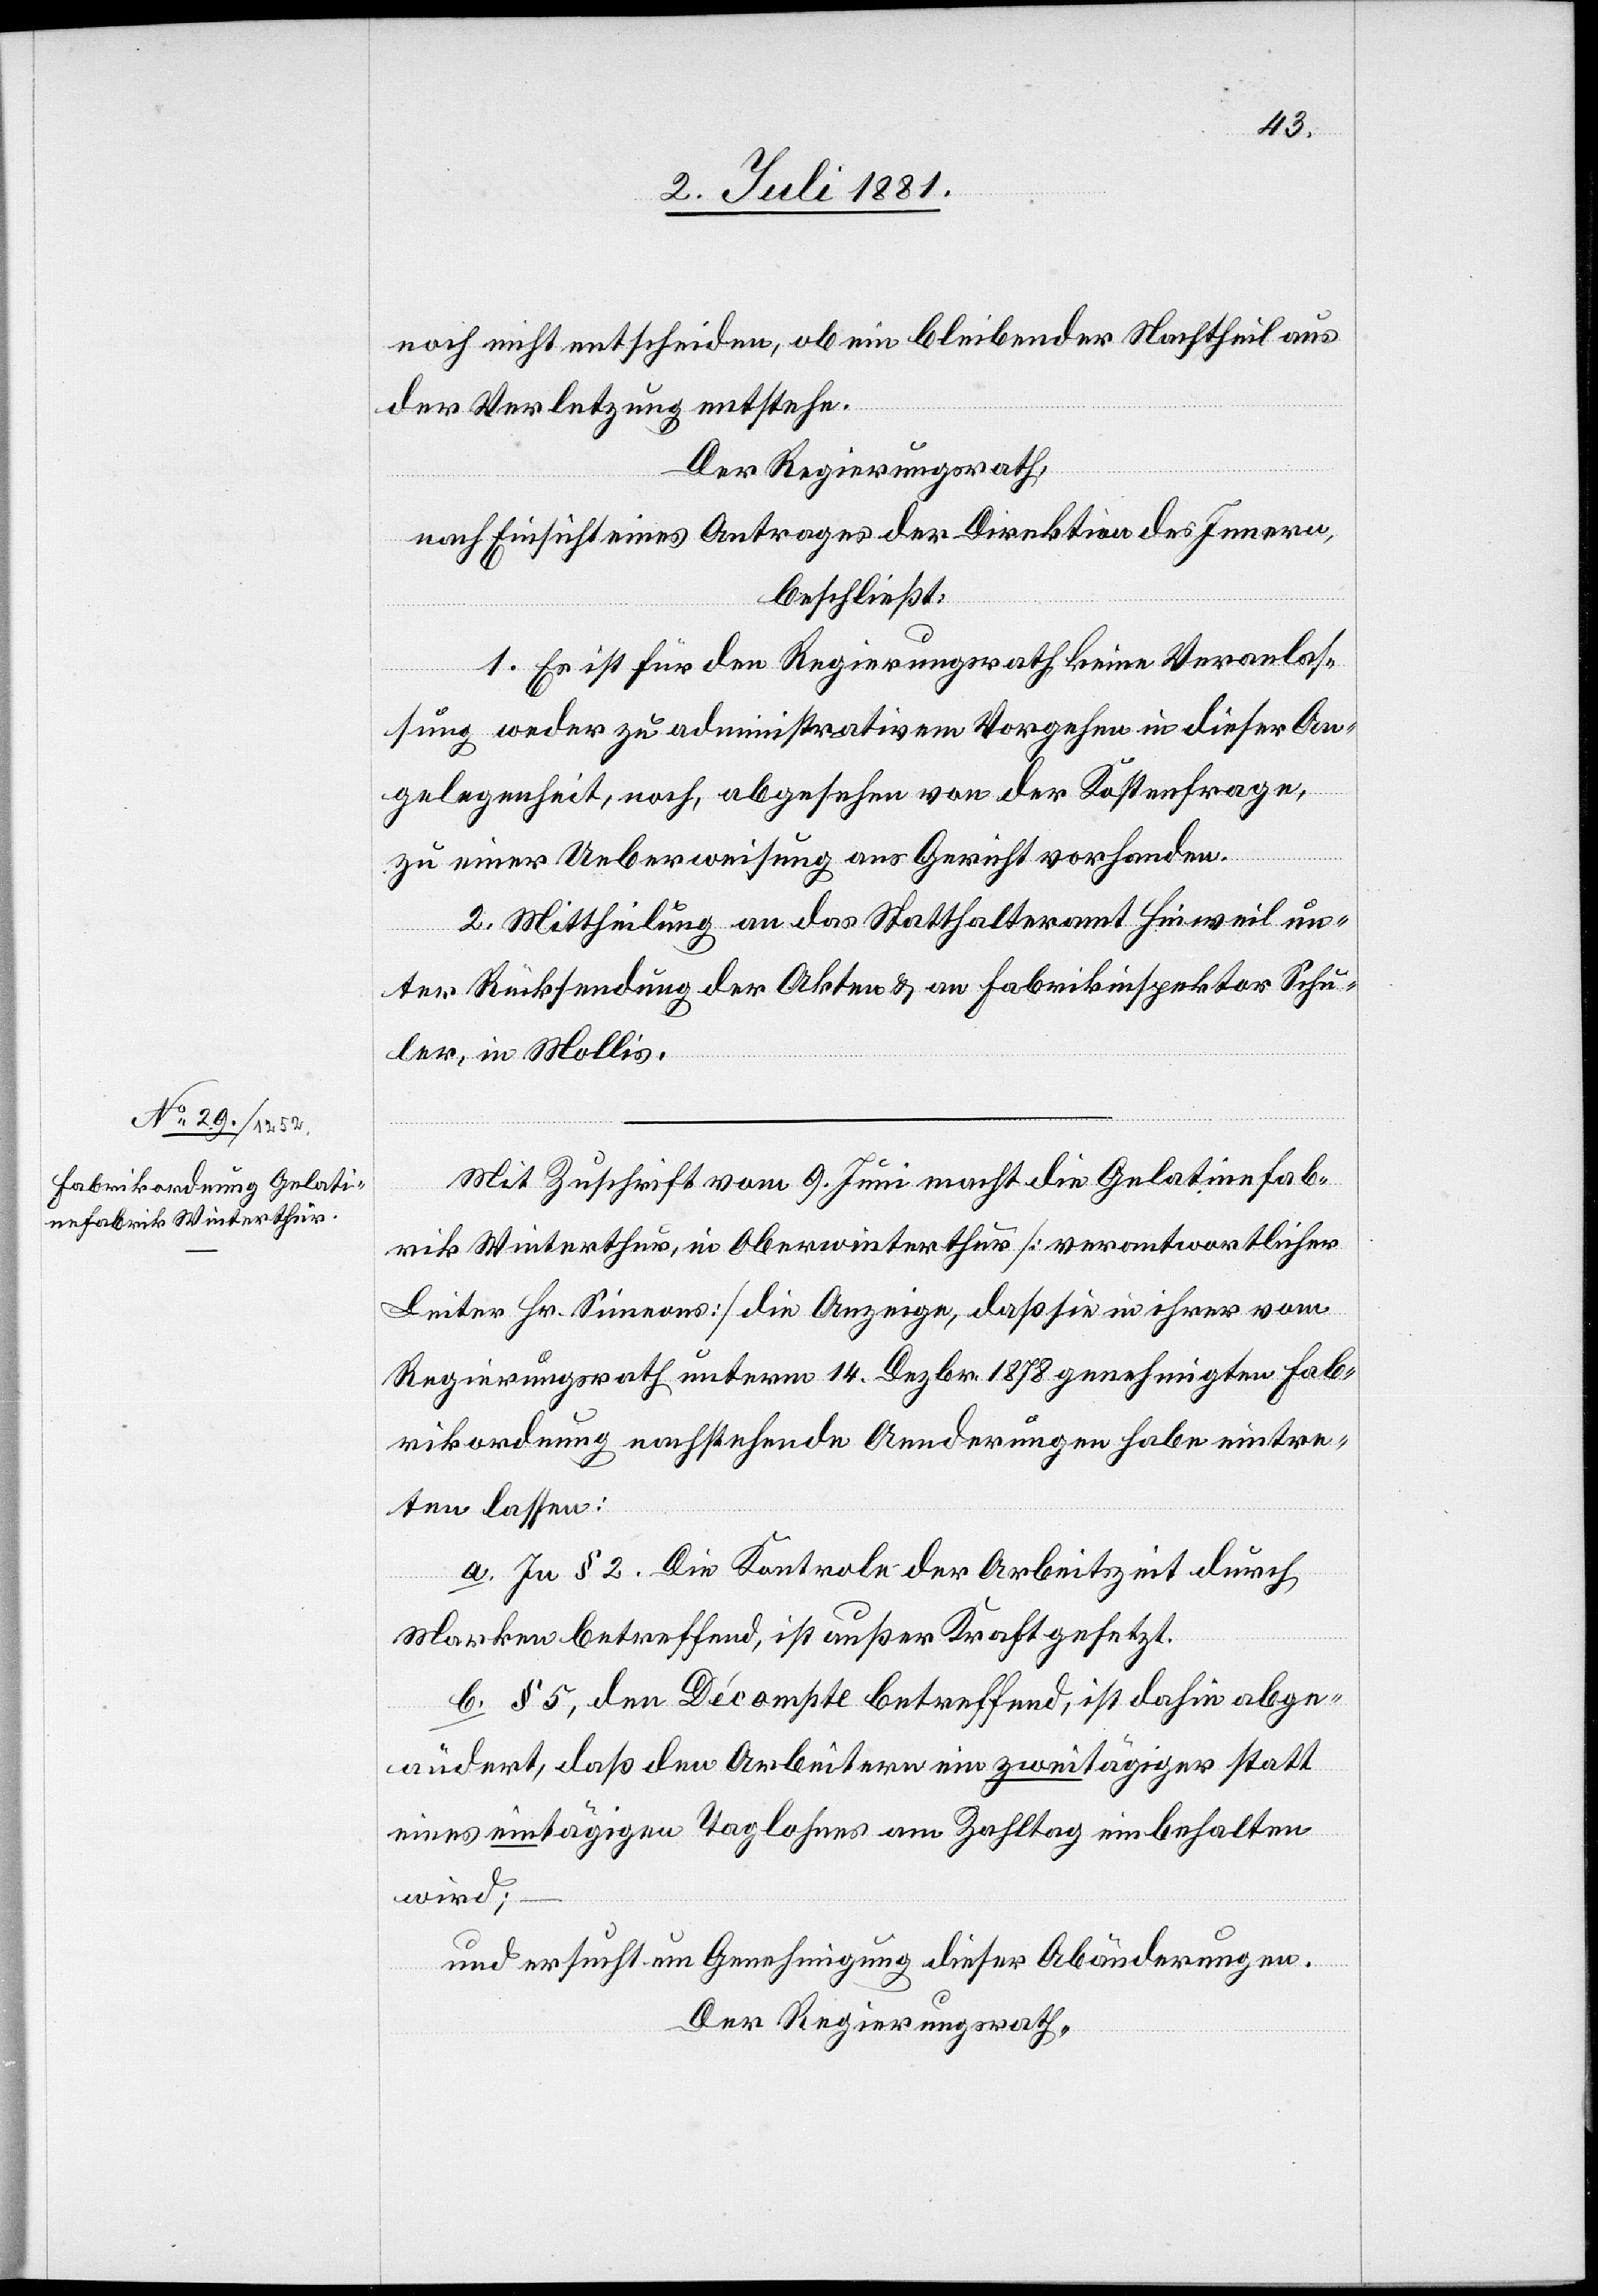
noch nicht entscheiden, ob ein bleibender Nachtheil aus
der Verletzung entstehe.
Der Regierungsrath,
nach Einsicht eines Antrages der Direktion des Innern,
beschließt:
1. Es ist für den Regierungsrath keine Veranlas¬
sung weder zu administrativem Vorgehen in dieser An¬
gelegenheit, noch, abgesehen von der Kostenfrage,
zu einer Ueberweisung ans Gericht vorhanden.
2. Mittheilung an das Statthalteramt Hinweil un¬
ter Rücksendung der Akten & an Fabrikinspektor Schu¬
ler, in Mollis.
Mit Zuschrift vom 9. Juni macht die Gelatinefab¬
rik Winterthur, in Oberwinterthur [verantwortlicher
Leiter Hr. Simeons] die Anzeige, daß sie in ihrer vom
Regierungsrath unterm 14. Dezbr. 1878 genehmigten Fab¬
rikordnung nachstehende Aenderungen habe eintre¬
ten lassen:
a. In § 2. Die Kontrole der Arbeitszeit durch
Marken betreffend, ist außer Kraft gesetzt.
b. § 5, den Décompte betreffend, ist dahin abge¬
ändert, daß den Arbeitern ein zweitägiger statt
eines eintägigen Taglohnes am Zahltag einbehalten
wird;
und ersucht um Genehmigung dieser Abänderungen.
Der Regierungsrath,